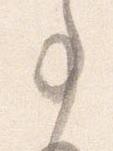
事